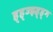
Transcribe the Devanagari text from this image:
ह्ह्ज्झ्ह्ह्ग